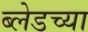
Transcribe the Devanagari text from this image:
ब्लेडच्या